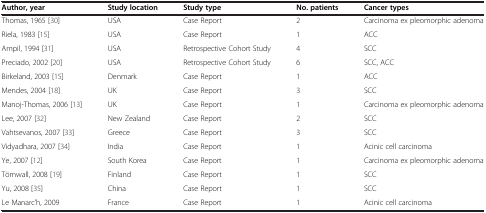
<table><thead><tr><td><b>Author, year</b></td><td><b>Study location</b></td><td><b>Study type</b></td><td><b>No. patients</b></td><td><b>Cancer types</b></td></tr></thead><tbody><tr><td>Thomas, 1965 [30]</td><td>USA</td><td>Case Report</td><td>2</td><td>Carcinoma ex pleomorphic adenoma</td></tr><tr><td>Riela, 1983 [15]</td><td>USA</td><td>Case Report</td><td>1</td><td>ACC</td></tr><tr><td>Ampil, 1994 [31]</td><td>USA</td><td>Retrospective Cohort Study</td><td>4</td><td>SCC</td></tr><tr><td>Preciado, 2002 [20]</td><td>USA</td><td>Retrospective Cohort Study</td><td>6</td><td>SCC, ACC</td></tr><tr><td>Birkeland, 2003 [15]</td><td>Denmark</td><td>Case Report</td><td>1</td><td>ACC</td></tr><tr><td>Mendes, 2004 [18]</td><td>UK</td><td>Case Report</td><td>3</td><td>SCC</td></tr><tr><td>Manoj-Thomas, 2006 [13]</td><td>UK</td><td>Case Report</td><td>1</td><td>Carcinoma ex pleomorphic adenoma</td></tr><tr><td>Lee, 2007 [32]</td><td>New Zealand</td><td>Case Report</td><td>2</td><td>SCC</td></tr><tr><td>Vahtsevanos, 2007 [33]</td><td>Greece</td><td>Case Report</td><td>3</td><td>SCC</td></tr><tr><td>Vidyadhara, 2007 [34]</td><td>India</td><td>Case Report</td><td>1</td><td>Acinic cell carcinoma</td></tr><tr><td>Ye, 2007 [12]</td><td>South Korea</td><td>Case Report</td><td>1</td><td>Carcinoma ex pleomorphic adenoma</td></tr><tr><td>Törnwall, 2008 [19]</td><td>Finland</td><td>Case Report</td><td>1</td><td>SCC</td></tr><tr><td>Yu, 2008 [35]</td><td>China</td><td>Case Report</td><td>1</td><td>SCC</td></tr><tr><td>Le Manarc’h, 2009</td><td>France</td><td>Case Report</td><td>1</td><td>Acinic cell carcinoma</td></tr></tbody></table>